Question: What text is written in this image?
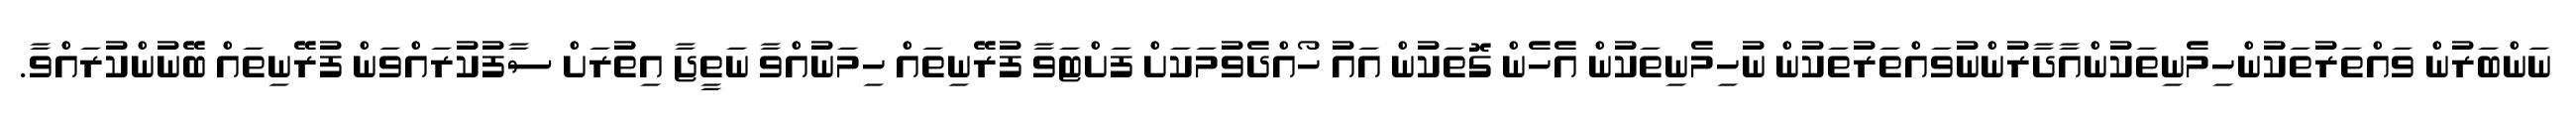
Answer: ނަންބަރުން ވައްތަރުތަކުންހިމެނިތަކުންއާދާރުންނުވައްތަރުތަކުން ނުހިމެނިތަކުން އެހެން ގޮތަކުން އައު ހޯއްދެވުމަކަށް ފަށްޓަވާ ފުރޭނިތައް ހިމަނުއްވާ ނަތީޖާ އިތުރަށް ސާފުކުރައްވަން ފުރޭނިތައް ބޭނުންކުރައްވާ.